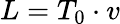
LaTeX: L=T_{0}\cdot v